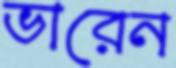
ভারেন